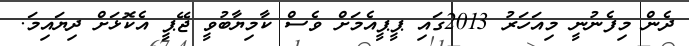
ދެން މިފެނުނީ މިއަހަރު 2013ގައި ޕީޕީއެމަށް ވެސް ކާމިޔާބުވީ ޖޭޕީ އެކޮޅަށް ދިޔައިމަ.